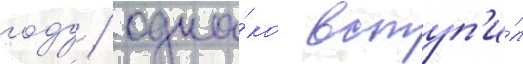
году / одна́ко вступ'и́л